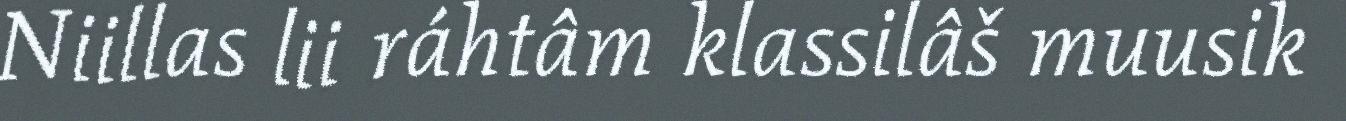
Niillas lii ráhtâm klassilâš muusik